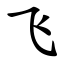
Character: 飞